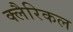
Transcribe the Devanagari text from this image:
क्लैरिकल